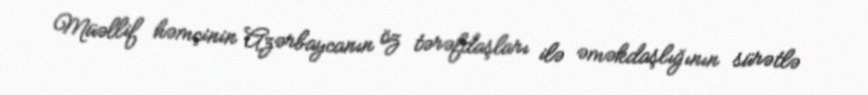
Müəllif həmçinin Azərbaycanın öz tərəfdaşları ilə əməkdaşlığının sürətlə